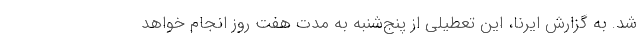
شد. به گزارش ایرنا، این تعطیلی از پنج‌شنبه به مدت هفت روز انجام خواهد